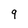
Character: 9